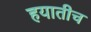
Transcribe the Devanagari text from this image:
हयातीच